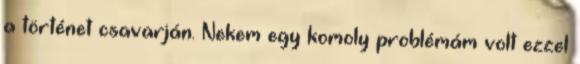
a történet csavarján. Nekem egy komoly problémám volt ezzel